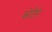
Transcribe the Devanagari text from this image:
कोटिंगें